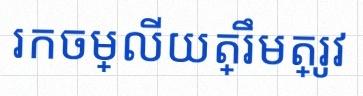
រកចម្លើយត្រឹមត្រូវ